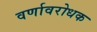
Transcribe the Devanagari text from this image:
वर्णावरोधक